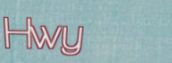
Hwy